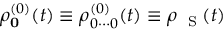
\rho _ { \bf 0 } ^ { ( 0 ) } ( t ) \equiv \rho _ { 0 \cdots 0 } ^ { ( 0 ) } ( t ) \equiv \rho _ { \mathrm { ~ \tiny ~ S ~ } } ( t )